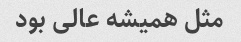
مثل همیشه عالی بود